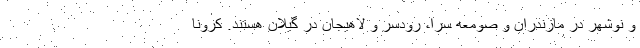
و نوشهر در مازندران و صومعه سرا، رودسر و لاهیجان در گیلان هستند. کرونا